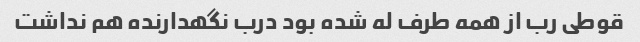
قوطی رب از همه طرف له شده بود درب نگهدارنده هم نداشت